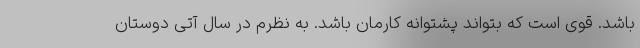
باشد. قوی است که بتواند پشتوانه کارمان باشد. به نظرم در سال آتی دوستان